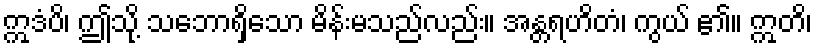
ဣဒံပိ၊ ဤသို့ သဘောရှိသော မိန်းမသည်လည်း။ အန္တရဟိတံ၊ ကွယ် ၏။ ဣတိ၊